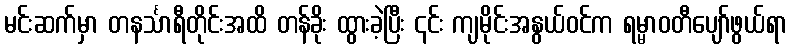
မင်းဆက်မှာ တနင်္သာရီတိုင်းအထိ တန်ခိုး ထွားခဲ့ပြီး ၎င်း ကျမိုင်းအနွယ်ဝင်က ရမ္မာဝတီပျော်ဖွယ်ရာ